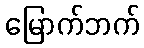
မြောက်ဘက်